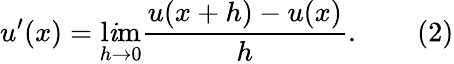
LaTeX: u^{\prime}(x)=\operatorname*{l\mathit{i}m}_{h\rightarrow0}{\frac{{u(x+h)-u(x)}}{{h}}}.\qquad(2)